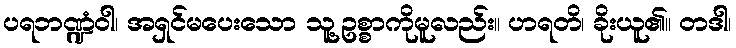
ပရဘဏ္ဍံဝါ၊ အရှင်မပေးသော သူ့ဥစ္စာကိုမူလည်း။ ဟရတိ၊ ခိုးယူ၏။ တဒါ၊